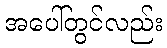
အပေါ်တွင်လည်း